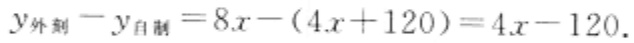
$y_{外刻}-y_{自制}=8x-(4x + 120)=4x - 120.$